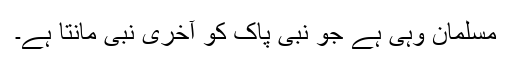
مسلمان وہی ہے جو نبی پاک کو آخری نبی مانتا ہے۔